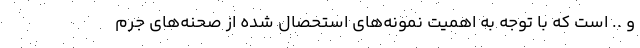
و .. است که با توجه به اهمیت نمونه‌های استحصال شده از صحنه‌های جرم